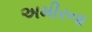
અમીરના